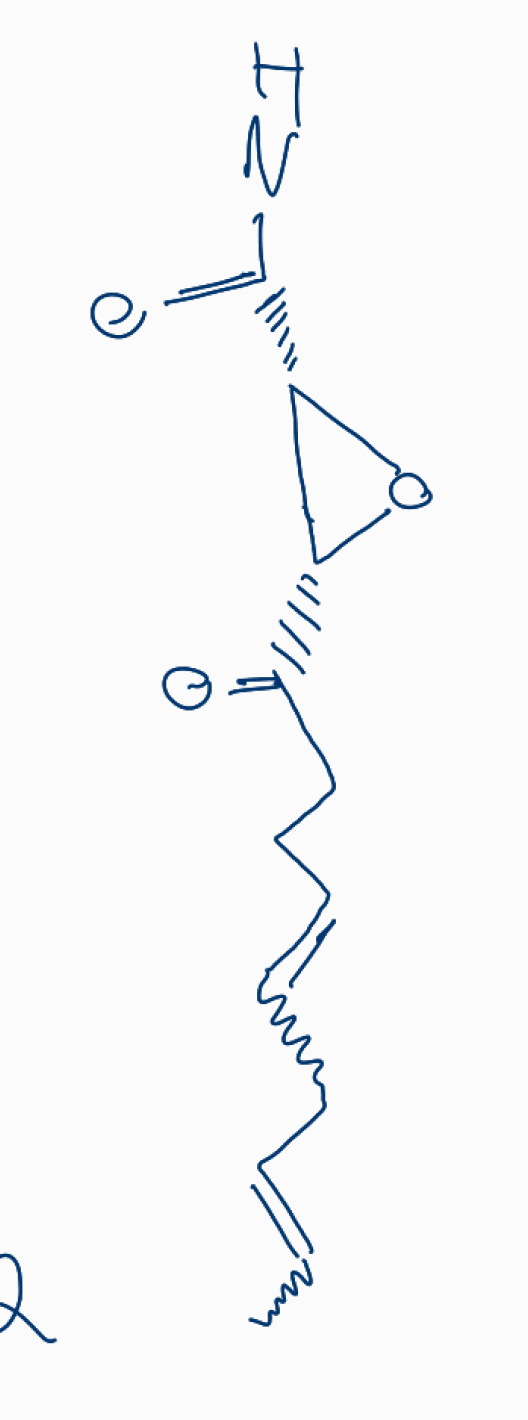
Simplified molecular-input line-entry system (SMILES) notation of the given molecule:
CC=CCC=CCCC(=O)[C@@H]1[C@@H](O1)C(=O)N